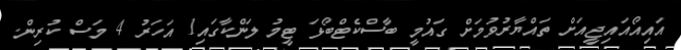
އައިއޯއައިޖީއަށް ތައްޔާރުވުމަށް ގައުމީ ބާސްކެޓްބޯޅަ ޓީމު ލަންކާގައި1 އަހަރު 4 މަސް ކުރިން.